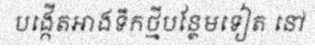
បង្កើតអាងទឹកថ្មីបន្ថែមទៀត នៅ